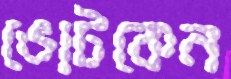
ভোটকেন